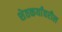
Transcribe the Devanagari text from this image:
शेतकर्यांवरील